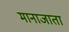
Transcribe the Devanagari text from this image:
मानाजाता